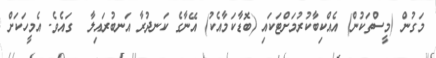
މަގުން (މީސްތަކުން) އެއްކިބާކުރުމަށްޓަކައި (ބޮޑާކަމާއެކު) އޭނާގެ ކަނދުރާ އަނބުރައިލާ  ގައެވެ. އެމީހަކަށް